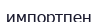
импортпен